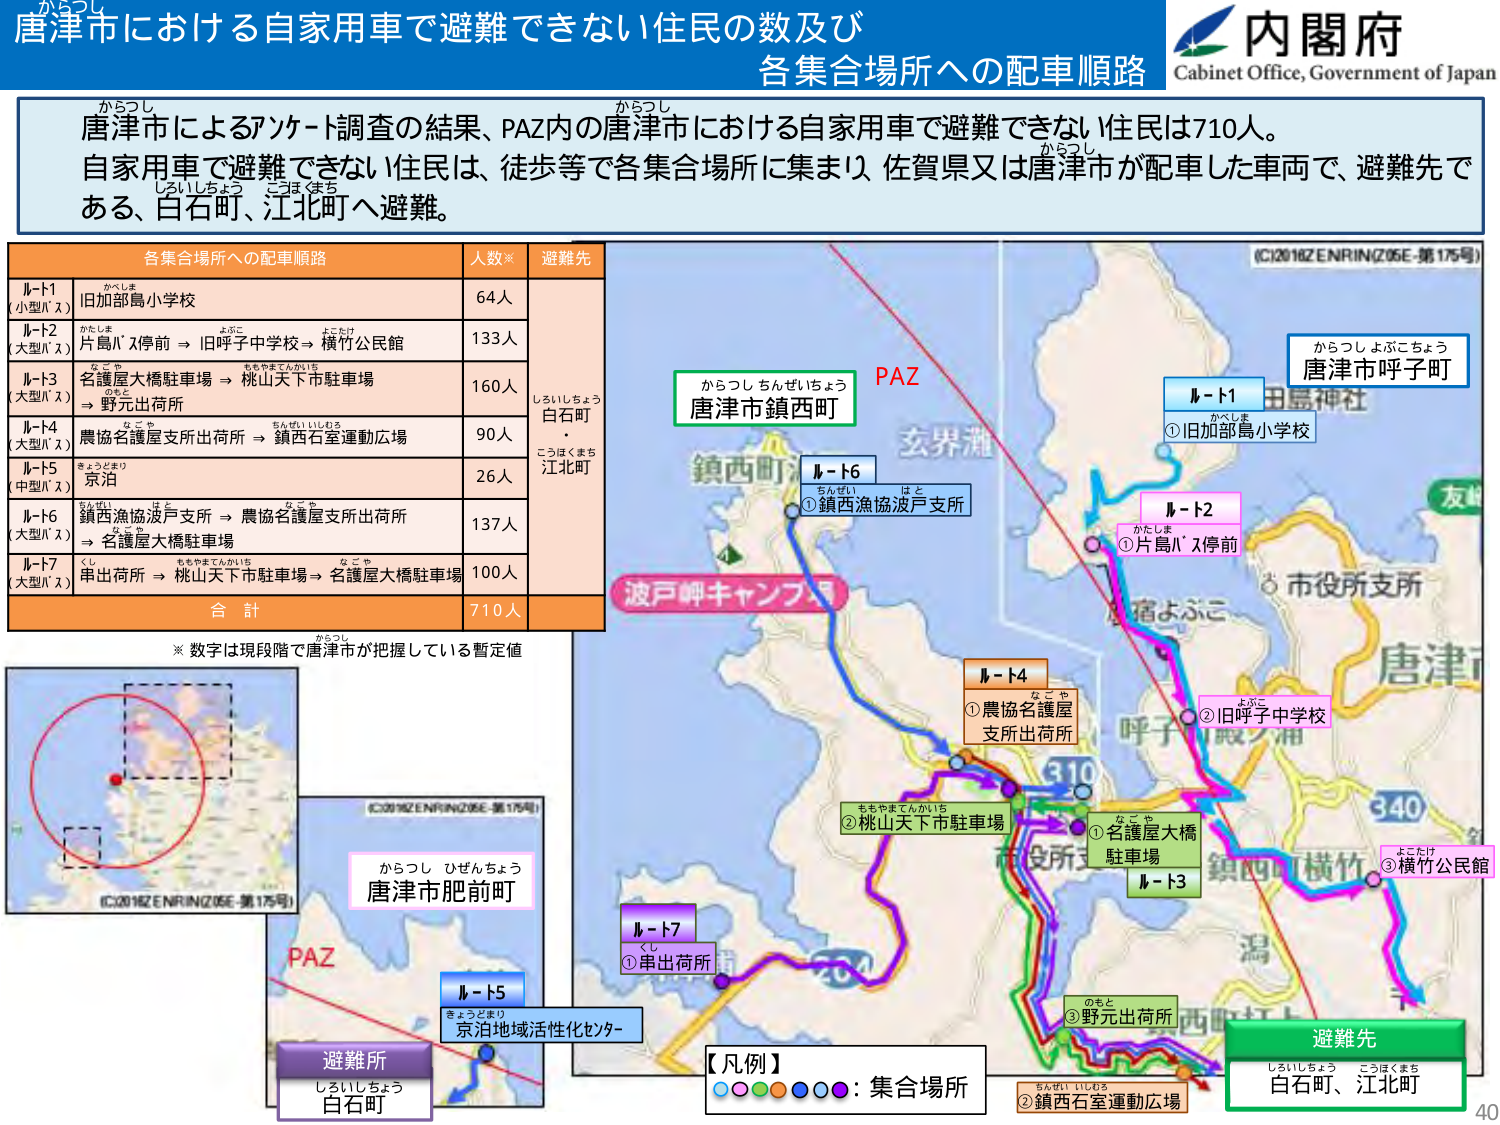
唐津市における自家用車で避難できない住民の数及び
各集合場所への配車順路

内閣府
Cabinet Office, Government of Japan

からつし
唐津市によるアンケート調査の結果、PAZ内の唐津市における自家用車で避難できない住民は710人。
自家用車で避難できない住民は、徒歩等で各集合場所に集まり、佐賀県又は唐津市が配車した車両で、避難先である、白石町、江北町へ避難。

各集合場所への配車順路　人数※　避難先
ルート1（小型バス）　旧加部島小学校　64人
ルート2（大型バス）　片島バス停前 → 旧呼子中学校 → 横竹公民館　133人
ルート3（大型バス）　名護屋大橋駐車場 → 桃山天下市駐車場 → 野元出荷所　160人
ルート4（大型バス）　農協名護屋支所出荷所 → 鎮西石室運動広場　90人
ルート5（中型バス）　京泊　26人
ルート6（大型バス）　鎮西漁協波戸支所 → 農協名護屋支所出荷所 → 名護屋大橋駐車場　137人
ルート7（大型バス）　串出荷所 → 桃山天下市駐車場 → 名護屋大橋駐車場　100人
合計　710人

※ 数字は現段階で唐津市が把握している暫定値

(C)2018ZENRIN(Z05E-第175号)

からつし よぶこちょう
唐津市呼子町

PAZ
からつし しんぜいちょう
唐津市鎮西町

ルート1
①旧加部島小学校

ルート2
①片島バス停前
②旧呼子中学校

ルート3
①名護屋大橋駐車場
③野元出荷所

ルート4
①農協名護屋支所出荷所
②桃山天下市駐車場

ルート6
①鎮西漁協波戸支所

ルート7
①串出荷所

からつし ひぜんちょう
唐津市肥前町

PAZ

ルート5
京泊地域活性化センター

避難所
しろいしちょう
白石町

【凡例】
○○○○○○○：集合場所

避難先
しろいしちょう こうほくまち
白石町、江北町

(C)2018ZENRIN(Z05E-第175号)

40